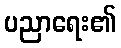
ပညာရေး၏